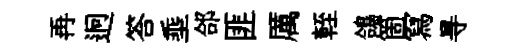
再迥答埀郃匪厲輊鴿箇冩㝵